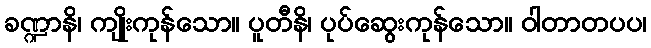
ခဏ္ဍာနိ၊ ကျိုးကုန်သော။ ပူတီနိ၊ ပုပ်ဆွေးကုန်သော။ ဝါတာတပပ၊